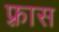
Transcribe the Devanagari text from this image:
फ़्रास